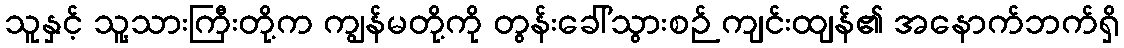
သူနှင့် သူ့သားကြီးတို့က ကျွန်မတို့ကို တွန်းခေါ်သွားစဉ် ကျင်းထျန်၏ အနောက်ဘက်ရှိ